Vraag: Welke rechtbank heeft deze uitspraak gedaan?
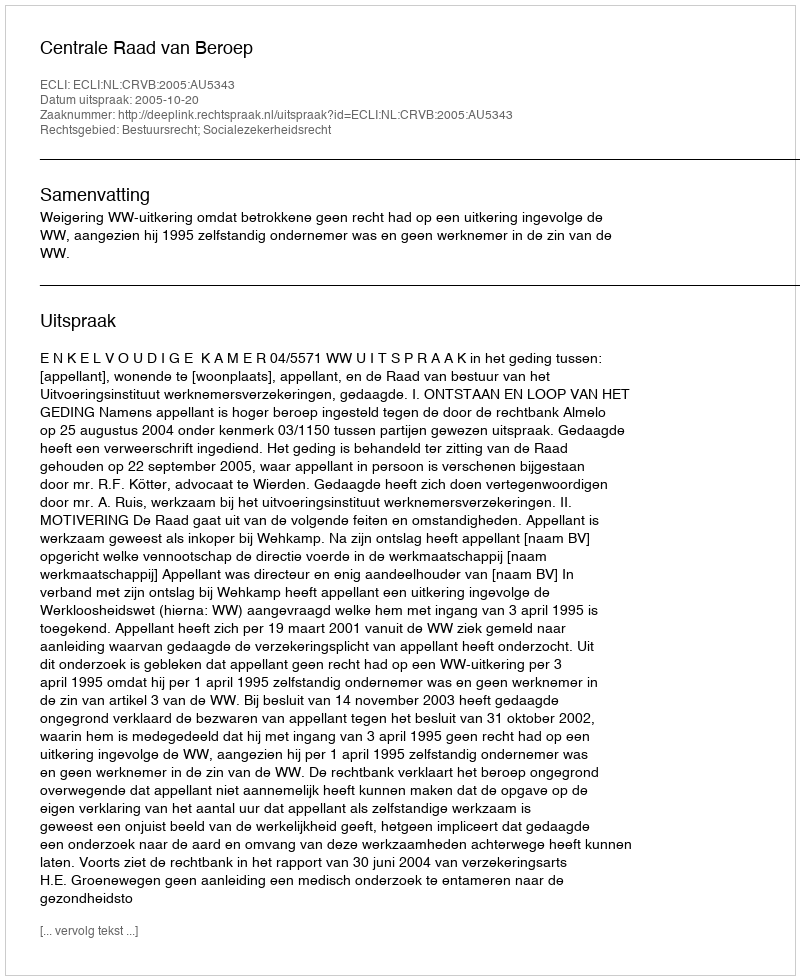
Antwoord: Centrale Raad van Beroep